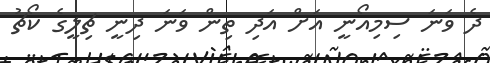
ދެ ވަނަ ސިމިއޯނީ އަށް އަދި ތިން ވަނަ ދިނީ ޗިލީގެ ކޯޗު